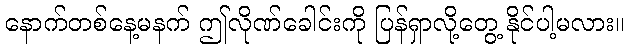
နောက်တစ်နေ့မနက် ဤလိုဏ်ခေါင်းကို ပြန်ရှာလို့တွေ့ နိုင်ပါ့မလား။